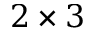
2 \times 3